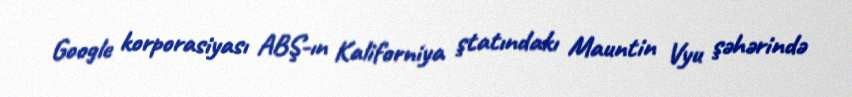
Google korporasiyası ABŞ-ın Kaliforniya ştatındakı Mauntin Vyu şəhərində